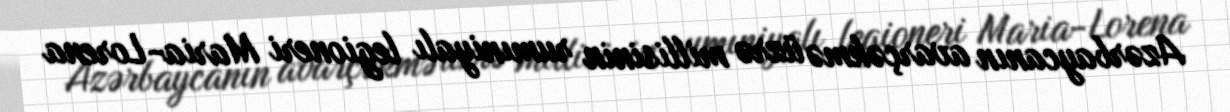
Azərbaycanın avarçəkmə üzrə millisinin rumıniyalı legioneri Maria-Lorena